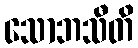
သောဘသီတိ